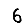
Digit: 6